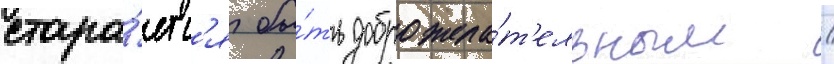
стара́етс'я бы́ть доброжела́т'ельным /